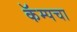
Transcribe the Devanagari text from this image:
कॅम्पचा